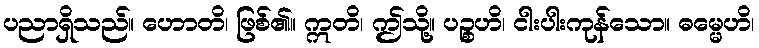
ပညာရှိသည်။ ဟောတိ၊ ဖြစ်၏။ ဣတိ၊ ဤသို့။ ပဉ္စဟိ၊ ငါးပါးကုန်သော။ ဓမ္မေဟိ၊